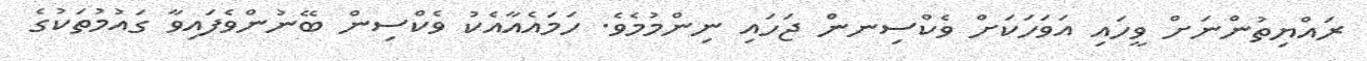
ރައްޔިތުންނަށް ވީހައި އަވަހަކަށް ވެކްސިނން ޖަހައި ނިންމުމެވެ. ހަމައެއާއެކު ވެކްސިން ބޭނުންވެފައިވާ ގައުމުތަކުގެ